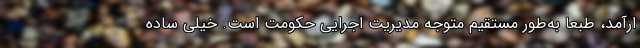
ارآمد، طبعا به‌طور مستقیم متوجه مدیریت اجرایی حکومت است. خیلی ساده